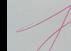
Signature authenticity: genuine